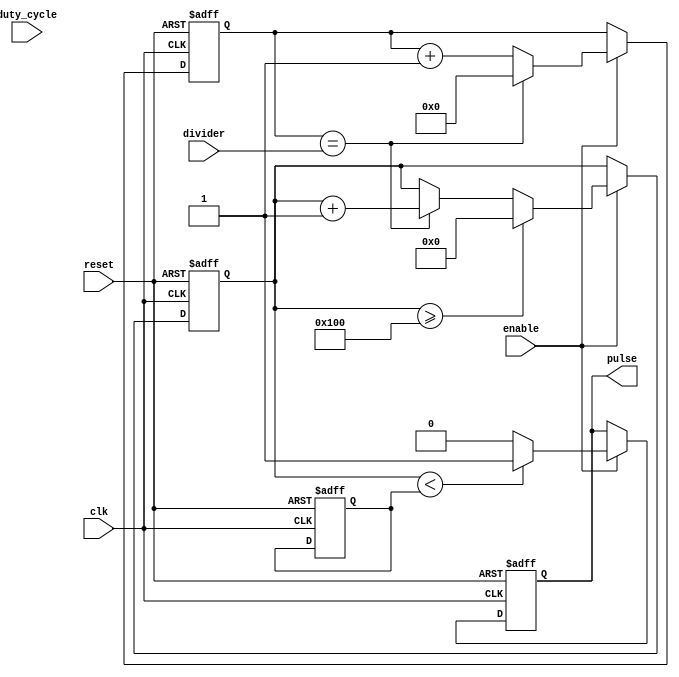
module variable_frequency_pulse_generator (
    input clk,
    input reset,
    input enable,
    input [7:0] divider,
    input [7:0] duty_cycle,
    output reg pulse
);

reg [31:0] phase_accumulator;
reg [7:0] pulse_width;
reg [7:0] counter;

always @ (posedge clk or posedge reset)
begin
    if (reset) begin
        phase_accumulator <= 32'd0;
        pulse_width <= 8'd0;
        counter <= 8'd0;
        pulse <= 1'b0;
    end else if (enable) begin
        if (counter == divider) begin
            phase_accumulator <= phase_accumulator + 1;
            counter <= 8'd0;
        end else begin
            counter <= counter + 1;
        end
        
        if (phase_accumulator >= (1 << 8)) begin
            phase_accumulator <= 32'd0;
        end
        
        if (phase_accumulator < pulse_width) begin
            pulse <= 1'b1;
        end else begin
            pulse <= 1'b0;
        end
    end
end

endmodule